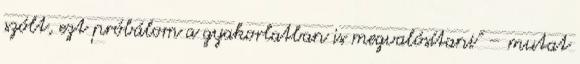
szólt, ezt próbálom a gyakorlatban is megvalósítani" – mutat